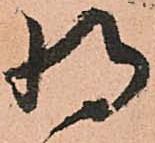
将